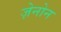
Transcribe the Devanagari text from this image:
ज़ेनोन